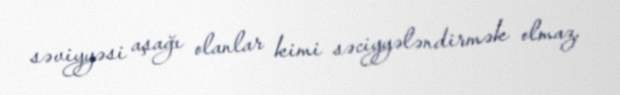
səviyyəsi aşağı olanlar kimi səciyyələndirmək olmaz.